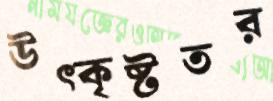
উত্কৃষ্টতর